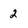
Character: 2